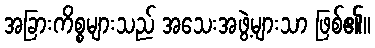
အခြားကိစ္စများသည် အသေးအဖွဲ့များသာ ဖြစ်၏။